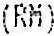
(RM)